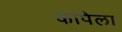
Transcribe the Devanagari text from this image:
कापेला